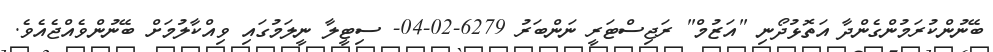
ބޭނުންކުރަމުންގެންދާ އަތޮޅުދޯނި "އަޒުމް" ރަޖިސްޓަރީ ނަންބަރު 6279-02-04- ސިޓީލާ ނީލަމުގައި ވިއްކާލުމަށް ބޭނުންވެއްޖެއެވެ.